Indian journal of veterinary science and animal husbandry - Volume 11,
Year: 1941
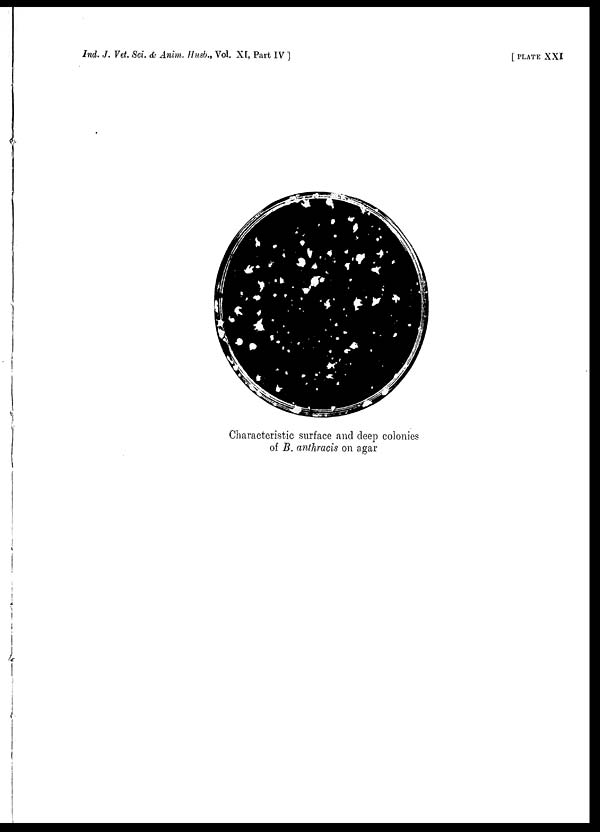
Ind. J. Vet. Sci. & Anim. Husb., Vol. XI, Part IV ]
[PLATE
XXI
Characteristic surface and deep colonies
of B. anthracis on agar